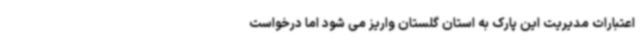
اعتبارات مدیریت این پارک به استان گلستان واریز می شود اما درخواست